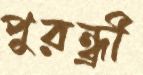
পুরন্ধ্রী